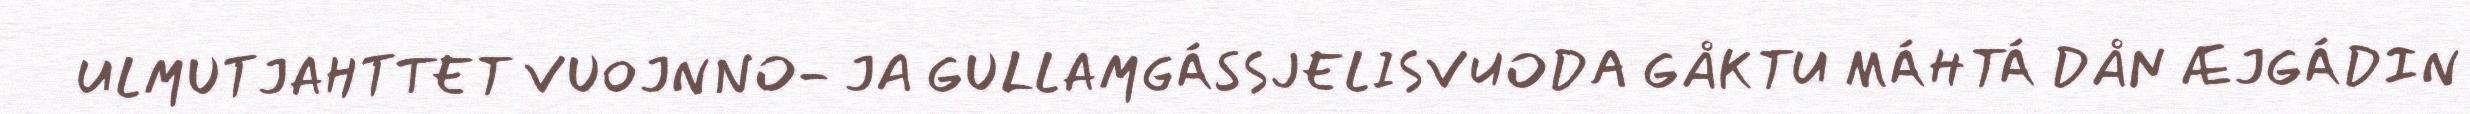
ULMUTJAHTTET VUOJNNO- JA GULLAMGÁSSJELISVUODA GÅKTU MÁHTÁ DÅN ÆJGÁDIN